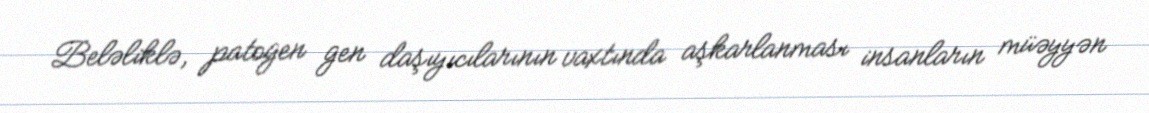
Beləliklə, patogen gen daşıyıcılarının vaxtında aşkarlanması insanların müəyyən